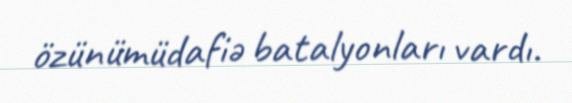
özünümüdafiə batalyonları vardı.